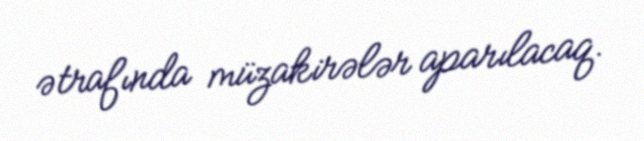
ətrafında müzakirələr aparılacaq.